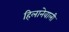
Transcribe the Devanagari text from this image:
हिलानेवाली